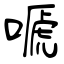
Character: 嗁